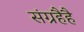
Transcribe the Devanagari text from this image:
संग्रहैहै